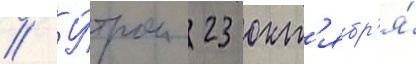
// У́тром 23 окт'ябр'я́